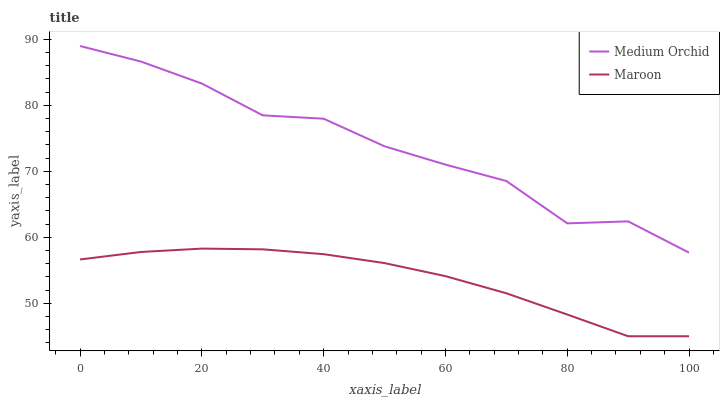
| xaxis_label | Medium Orchid | Maroon |
 | --- | --- | --- |
 | 0 | 89 | 56.6 |
 | 10 | 86.6 | 57.8 |
 | 20 | 83.3 | 58.3 |
 | 30 | 78.5 | 58.2 |
 | 40 | 78 | 57.4 |
 | 50 | 73.8 | 56.1 |
 | 60 | 71 | 54.1 |
 | 70 | 68.5 | 51.5 |
 | 80 | 62.1 | 48.3 |
 | 90 | 62.4 | 45 |
 | 100 | 57.7 | 45 |